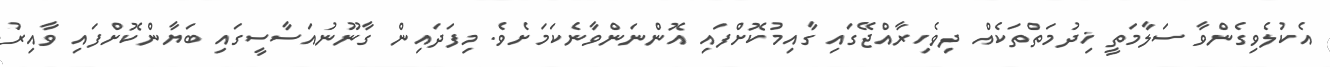
އެކުލެވިގެންވާ ސަލާމަތީ ޚިދުމަތްތަކެއް ދިވެހިރާއްޖޭގައި ގާއިމުކޮށްފައި އޮންނަންވާނެކަމަށެވެ. މިފަދައިން ގާނޫނުއަސާސީގައި ބަޔާންކޮށްފައި ވާއިރު